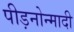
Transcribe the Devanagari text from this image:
पीड़नोन्मादी